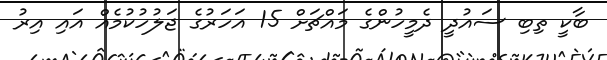
ބާކީ ތިބި ސައުދީ ދެމީހުންގެ މައްޗަށް 15 އަހަރުގެ ޖަލުހުކުމެއް އައި އިރު